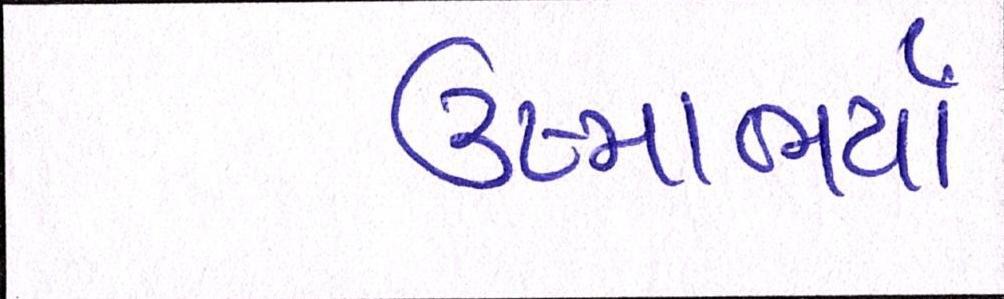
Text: ઉષ્માભર્યાં